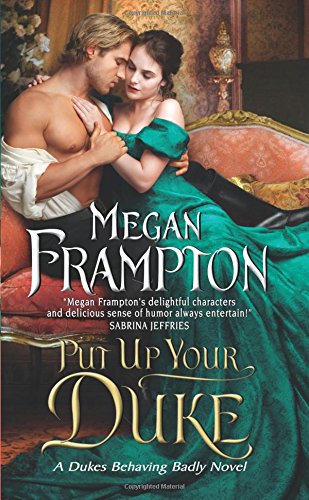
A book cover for Put Up Your Duke: A Dukes Behaving Badly Novel; Megan Frampton; Romance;